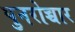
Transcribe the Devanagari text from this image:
पुनरोच्चार